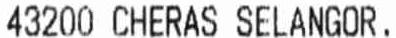
43200 CHERAS SELANGOR.